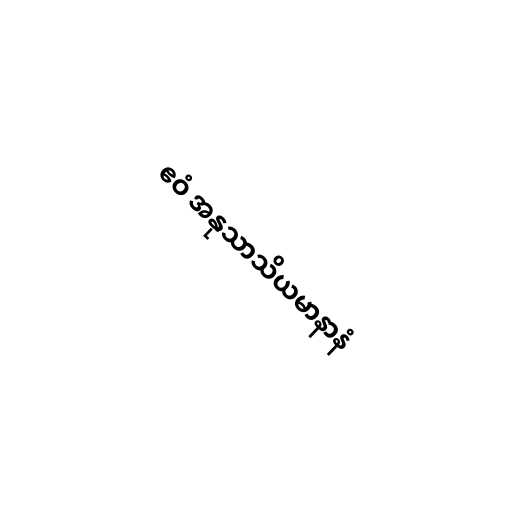
ဧဝံ အနုသာသိယမာနာနံ